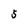
Character: 5